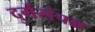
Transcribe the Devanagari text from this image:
दुर्गसंपन्न